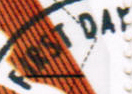
FIRST DAY